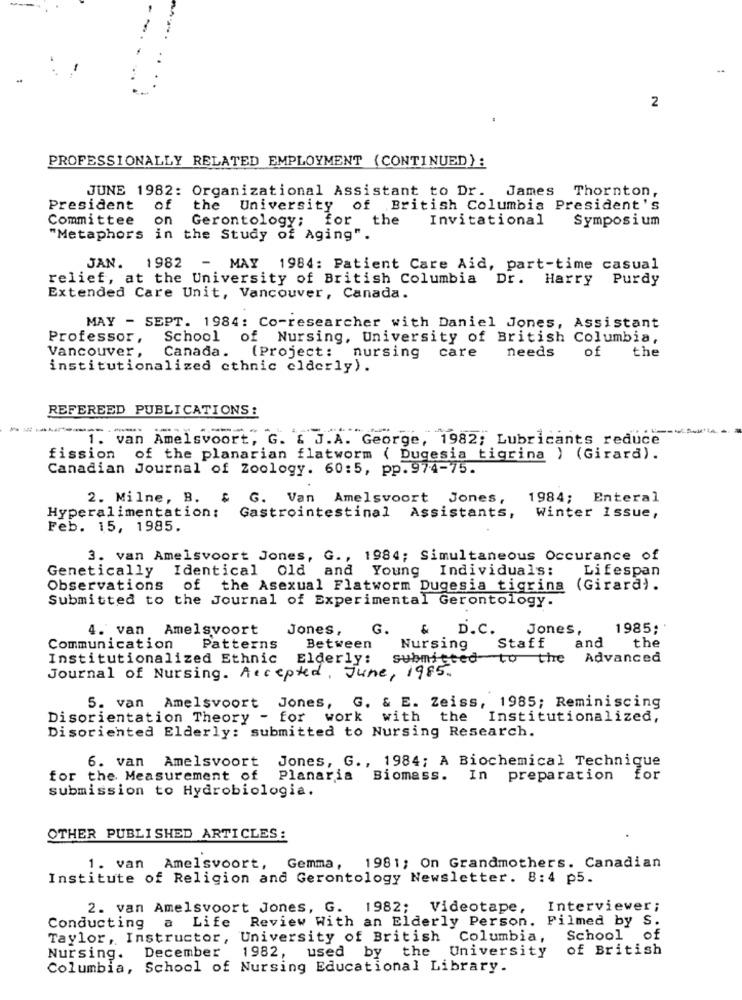
2
PROFESSIONALLY RELATED EMPLOYMENT (CONTINUED}:
JUNE 1982: Organizational Assistant to Dr. James Thornton,
President of
the University of British Columbia President's
Committee on Gerontology; for the
Invitational
Symposium
"Metaphors in the Study of Aging".
JAN. 1982 - MAY 1984: Patient Care Aid, part-time casual
relief, at the University of British Columbia Dr. Harry Purdy
Extended Care Unit, Vancouver, Canada.
MAY - SEPT. 1984: Co-researcher with Daniel Jones, Assistant
Professor,
School
of Nursing, University of British Columbia,
Vancouver ,
Canada.
the
(Project: nursing
care
needs
of
institutionalized ethnic elderly).
REFEREED PUBLICATIONS :
---------
1. van Amelsvoort, G. & J.A. George,
Tar 1982; Lubricants reduce
fission of the planarian flatworm ( Dugesia tigrina ) (Girara).
Canadian Journal of Zoology. 60:5, pp.974-75.
2. Milne, B. &
G. Van Amelsvoort Jones,
1984; Enteral
Hyperalimentation:
Gastrointestinal Assistants,
Winter issue,
Feb. 15, 1985.
3. van Amelsvoort Jones, G ., 1984; Simultaneous Occurance of
Genetically
Identical Old and Young Individuals:
Lifespan
Observations
of the Asexual Flatworm Dugesia tigrina (Girard).
Submitted to the Journal of Experimental Gerontology.
4. van
Amelsvoort
Jones,
G.
D.C.
Jones,
1985;
Staff
and
the
Communication
Patterns
Between
Nursing
Institutionalized Ethnic
Elderly:
submitted to the
Advanced
Journal of Nursing. Accepted, June, 1985.
G. & E. Zeiss, 1985; Reminiscing
5. van Amelsvoort Jones,
Disorientation Theory - for
work
with
the
Institutionalized,
Disoriented Elderly: submitted to Nursing Research.
6. van Amelsvoort
Jones, G ., 1984; A Biochemical Technique
for the Measurement of Planaria Biomass. In
preparation
for
submission to Hydrobiologia.
OTHER PUBLISHED ARTICLES:
1. van Amelsvoort,
Gemma, 1981; On Grandmothers. Canadian
Institute of Religion and Gerontology Newsletter. 8:4 p5.
2. van Amelsvoort Jones, G. 1982; Videotape,
Interviewer ;
Conducting a Life Review With an Elderly Person. Filmed by S.
Taylor, Instructor, University of British Columbia,
School of
Nursing. December 1982, used by
the University
of British
Columbia, School of Nursing Educational Library.